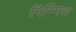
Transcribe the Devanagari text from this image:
निम्मित्त